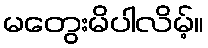
မတွေးမိပါလိမ့်။